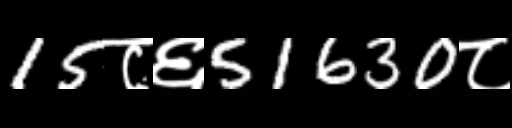
Text: 15८६51630८